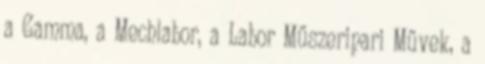
a Gamma, a Mechlabor, a Labor Műszeripari Művek, a